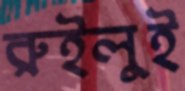
রুইলুই